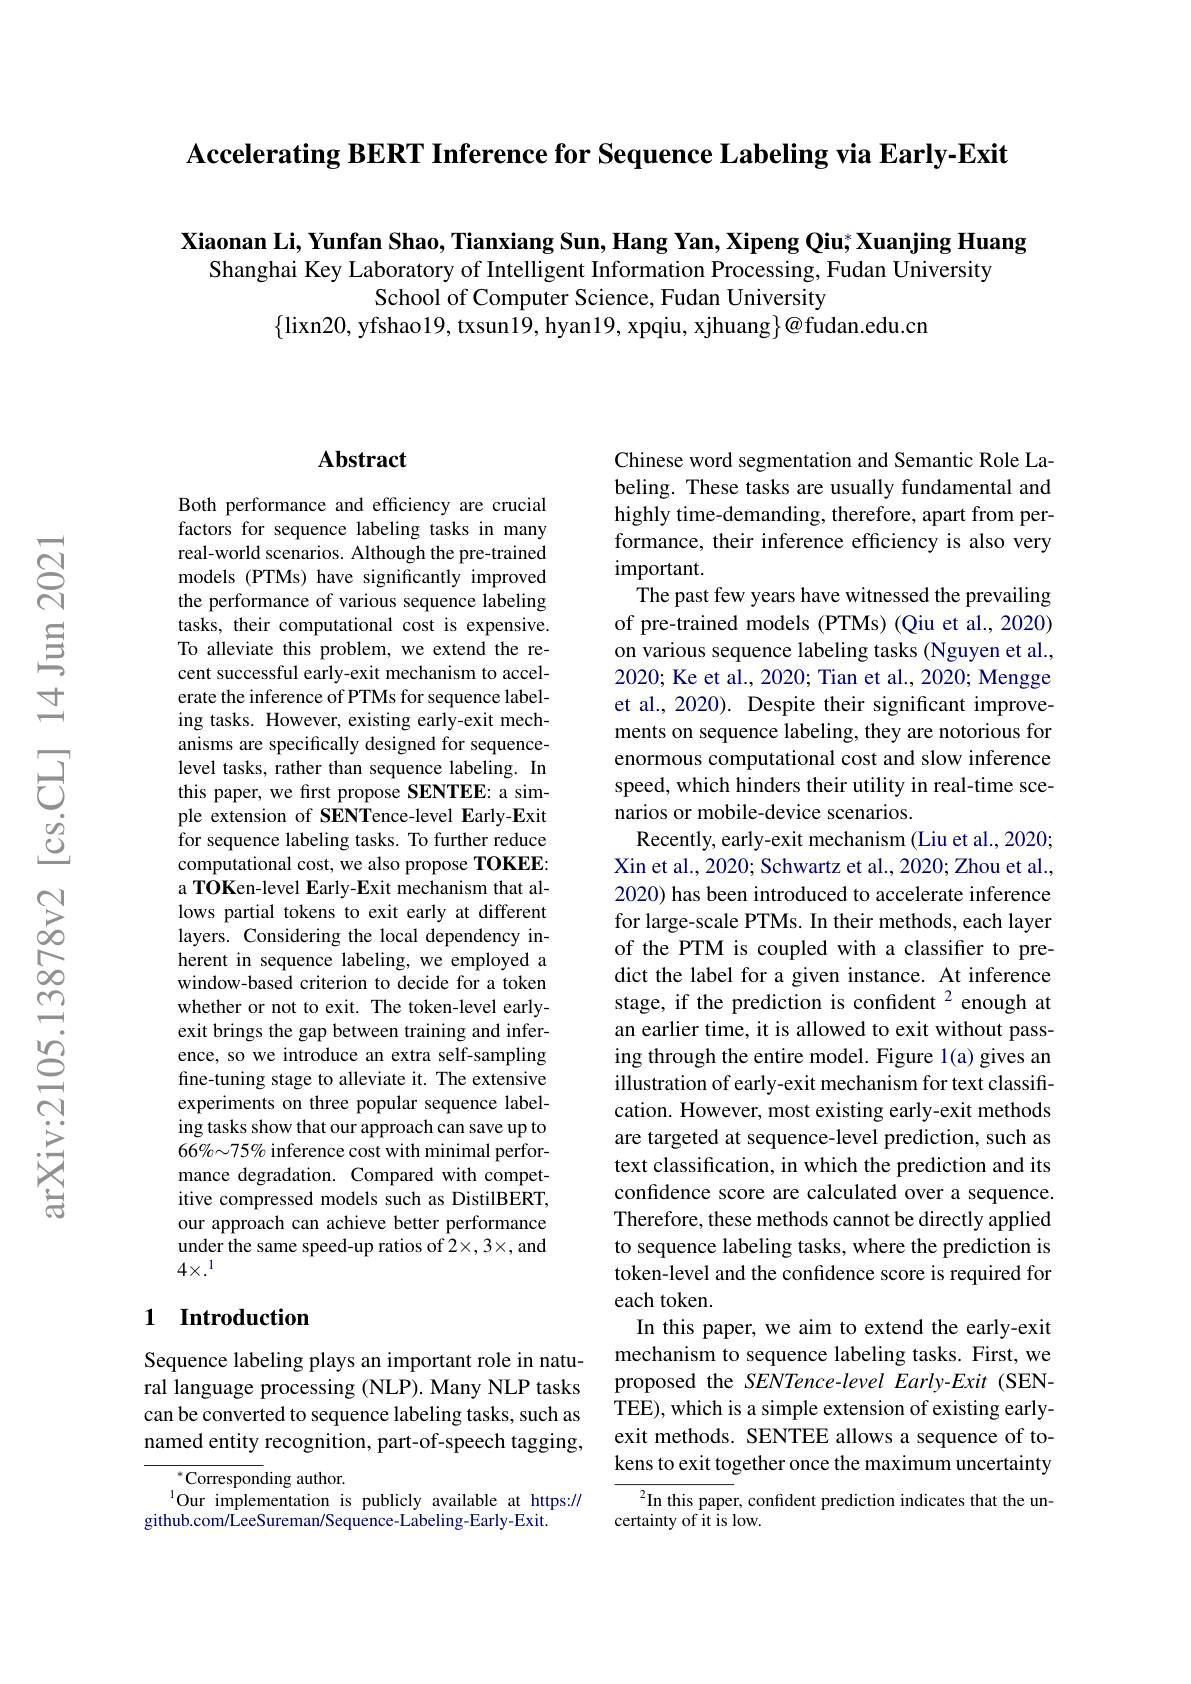
$\textbf{Accelerating BERT Inference for Sequence Labeling via Early- Exit}$

Xiaonan Li, Yunfan Shao, Tianxiang Sun, Hang Yan, Xipeng Qiu; Xuanjing Huang
Shanghai Key Laboratory of Intelligent Information Processing, Fudan University
School of Computer Science, Fudan University
$\{$lixn20, yfshao19, txsun19, hyan19, xpqiu, xjhuang$\}@$fudan.edu.cn

## $\mathbf{Abstract}$

Both performance and efficiency are crucial factors for sequence labeling tasks in many real-world scenarios. Although the pre-trained models (PTMs) have significantly improved the performance of various sequence labeling tasks, their computational cost is expensive. To alleviate this problem, we extend the recent successful early-exit mechanism to accelerate the inference of PTMs for sequence labeling tasks. However, existing early-exit mechanisms are specifically designed for sequencelevel tasks, rather than sequence labeling. In this paper, we first propose SENTEE: a simple extension of SENTence-level Early-Exit for sequence labeling tasks. To further reduce computational cost, we also propose TOKEE: a TOKen-level Early-Exit mechanism that allows partial tokens to exit early at different layers. Considering the local dependency inherent in sequence labeling, we employed a window-based criterion to decide for a token whether or not to exit. The token-level earlyexit brings the gap between training and inference, so we introduce an extra self-sampling fine-tuning stage to alleviate it. The extensive experiments on three popular sequence labeling tasks show that our approach can save up to 66%~75% inference cost with minimal performance degradation. Compared with competitive compressed models such as DistilBERT, our approach can achieve better performance under the same speed-up ratios of 2×,3×, and $4\times.^1$

## 1 Introduction

Sequence labeling plays an important role in natural language processing (NLP). Many NLP tasks can be converted to sequence labeling tasks, such as named entity recognition, part-of-speech tagging,

$^{*}$Corresponding author.
$^{1}$Our implementation is publicly available at https://
github.com/ LeeSureman/Sequence- Labeling-Early-Exit.

Chinese word segmentation and Semantic Role Labeling. These tasks are usually fundamental and highly time-demanding, therefore, apart from performance, their inference efficiency is also very important.
The past few years have witnessed the prevailing of pre-trained models (PTMs) (Qiu et al., 2020) on various sequence labeling tasks (Nguyen et al., 2020; Ke et al., 2020; Tian et al., 2020; Mengge et al., 2020). Despite their significant improvements on sequence labeling, they are notorious for enormous computational cost and slow inference speed, which hinders their utility in real-time scenarios or mobile-device scenarios.
Recently, early-exit mechanism (Liu et al., 2020; Xin et al., 2020; Schwartz et al., 2020; Zhou et al., 2020) has been introduced to accelerate inference for large-scale PTMs. In their methods, each layer of the PTM is coupled with a classifier to predict the label for a given instance. At inference stage, if the prediction is confident $^{2}$ enough at an earlier time, it is allowed to exit without passing through the entire model. Figure 1(a) gives an illustration of early-exit mechanism for text classification. However, most existing early-exit methods are targeted at sequence-level prediction, such as text classification, in which the prediction and its confidence score are calculated over a sequence. Therefore, these methods cannot be directly applied to sequence labeling tasks, where the prediction is token-level and the confidence score is required for each token.
In this paper, we aim to extend the early-exit mechanism to sequence labeling tasks. First, we proposed the SENTence-level Early-Exit (SENTEE), which is a simple extension of existing earlyexit methods. SENTEE allows a sequence of tokens to exit together once the maximum uncertainty $^{2}$In this paper, confident prediction indicates that the un-
certainty of it is low.